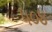
૫૦૪